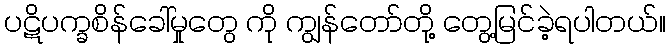
ပဋိပက္ခစိန်ခေါ်မှုတွေ ကို ကျွန်တော်တို့ တွေ့မြင်ခဲ့ရပါတယ်။